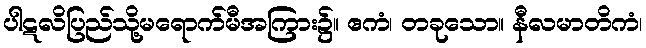
ပါဋလိပြည်သို့မရောက်မီအကြား၌။ ဧကံ၊ တခုသော။ နီလမာတိကံ၊